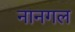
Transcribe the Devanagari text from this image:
नानगल